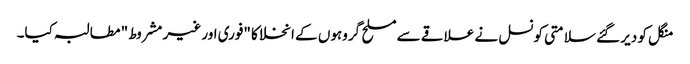
منگل کو دیر گئے سلامتی کونسل نے علاقے سے مسلح گروہوں کے انخلا کا "فوری اور غیر مشروط" مطالبہ کیا۔